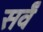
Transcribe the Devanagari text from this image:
सर्वँ